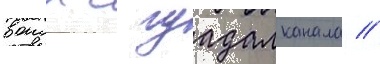
воиск с гуадалканала //